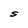
Character: S